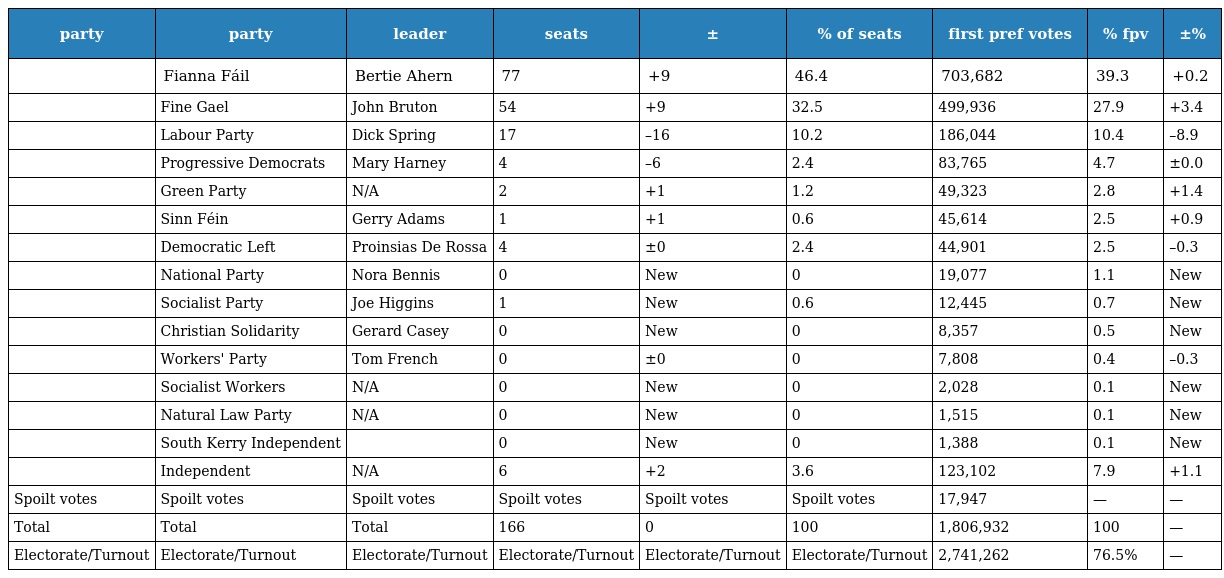
| party | party | leader | seats | ± | % of seats | first pref votes | % fpv | ±% |
 | --- | --- | --- | --- | --- | --- | --- | --- | --- |
 |  | Fianna Fáil | Bertie Ahern | 77 | +9 | 46.4 | 703,682 | 39.3 | +0.2 |
 |  | Fine Gael | John Bruton | 54 | +9 | 32.5 | 499,936 | 27.9 | +3.4 |
 |  | Labour Party | Dick Spring | 17 | –16 | 10.2 | 186,044 | 10.4 | –8.9 |
 |  | Progressive Democrats | Mary Harney | 4 | –6 | 2.4 | 83,765 | 4.7 | ±0.0 |
 |  | Green Party | N/A | 2 | +1 | 1.2 | 49,323 | 2.8 | +1.4 |
 |  | Sinn Féin | Gerry Adams | 1 | +1 | 0.6 | 45,614 | 2.5 | +0.9 |
 |  | Democratic Left | Proinsias De Rossa | 4 | ±0 | 2.4 | 44,901 | 2.5 | –0.3 |
 |  | National Party | Nora Bennis | 0 | New | 0 | 19,077 | 1.1 | New |
 |  | Socialist Party | Joe Higgins | 1 | New | 0.6 | 12,445 | 0.7 | New |
 |  | Christian Solidarity | Gerard Casey | 0 | New | 0 | 8,357 | 0.5 | New |
 |  | Workers' Party | Tom French | 0 | ±0 | 0 | 7,808 | 0.4 | –0.3 |
 |  | Socialist Workers | N/A | 0 | New | 0 | 2,028 | 0.1 | New |
 |  | Natural Law Party | N/A | 0 | New | 0 | 1,515 | 0.1 | New |
 |  | South Kerry Independent |  | 0 | New | 0 | 1,388 | 0.1 | New |
 |  | Independent | N/A | 6 | +2 | 3.6 | 123,102 | 7.9 | +1.1 |
 | Spoilt votes | Spoilt votes | Spoilt votes | Spoilt votes | Spoilt votes | Spoilt votes | 17,947 | — | — |
 | Total | Total | Total | 166 | 0 | 100 | 1,806,932 | 100 | — |
 | Electorate/Turnout | Electorate/Turnout | Electorate/Turnout | Electorate/Turnout | Electorate/Turnout | Electorate/Turnout | 2,741,262 | 76.5% | — |